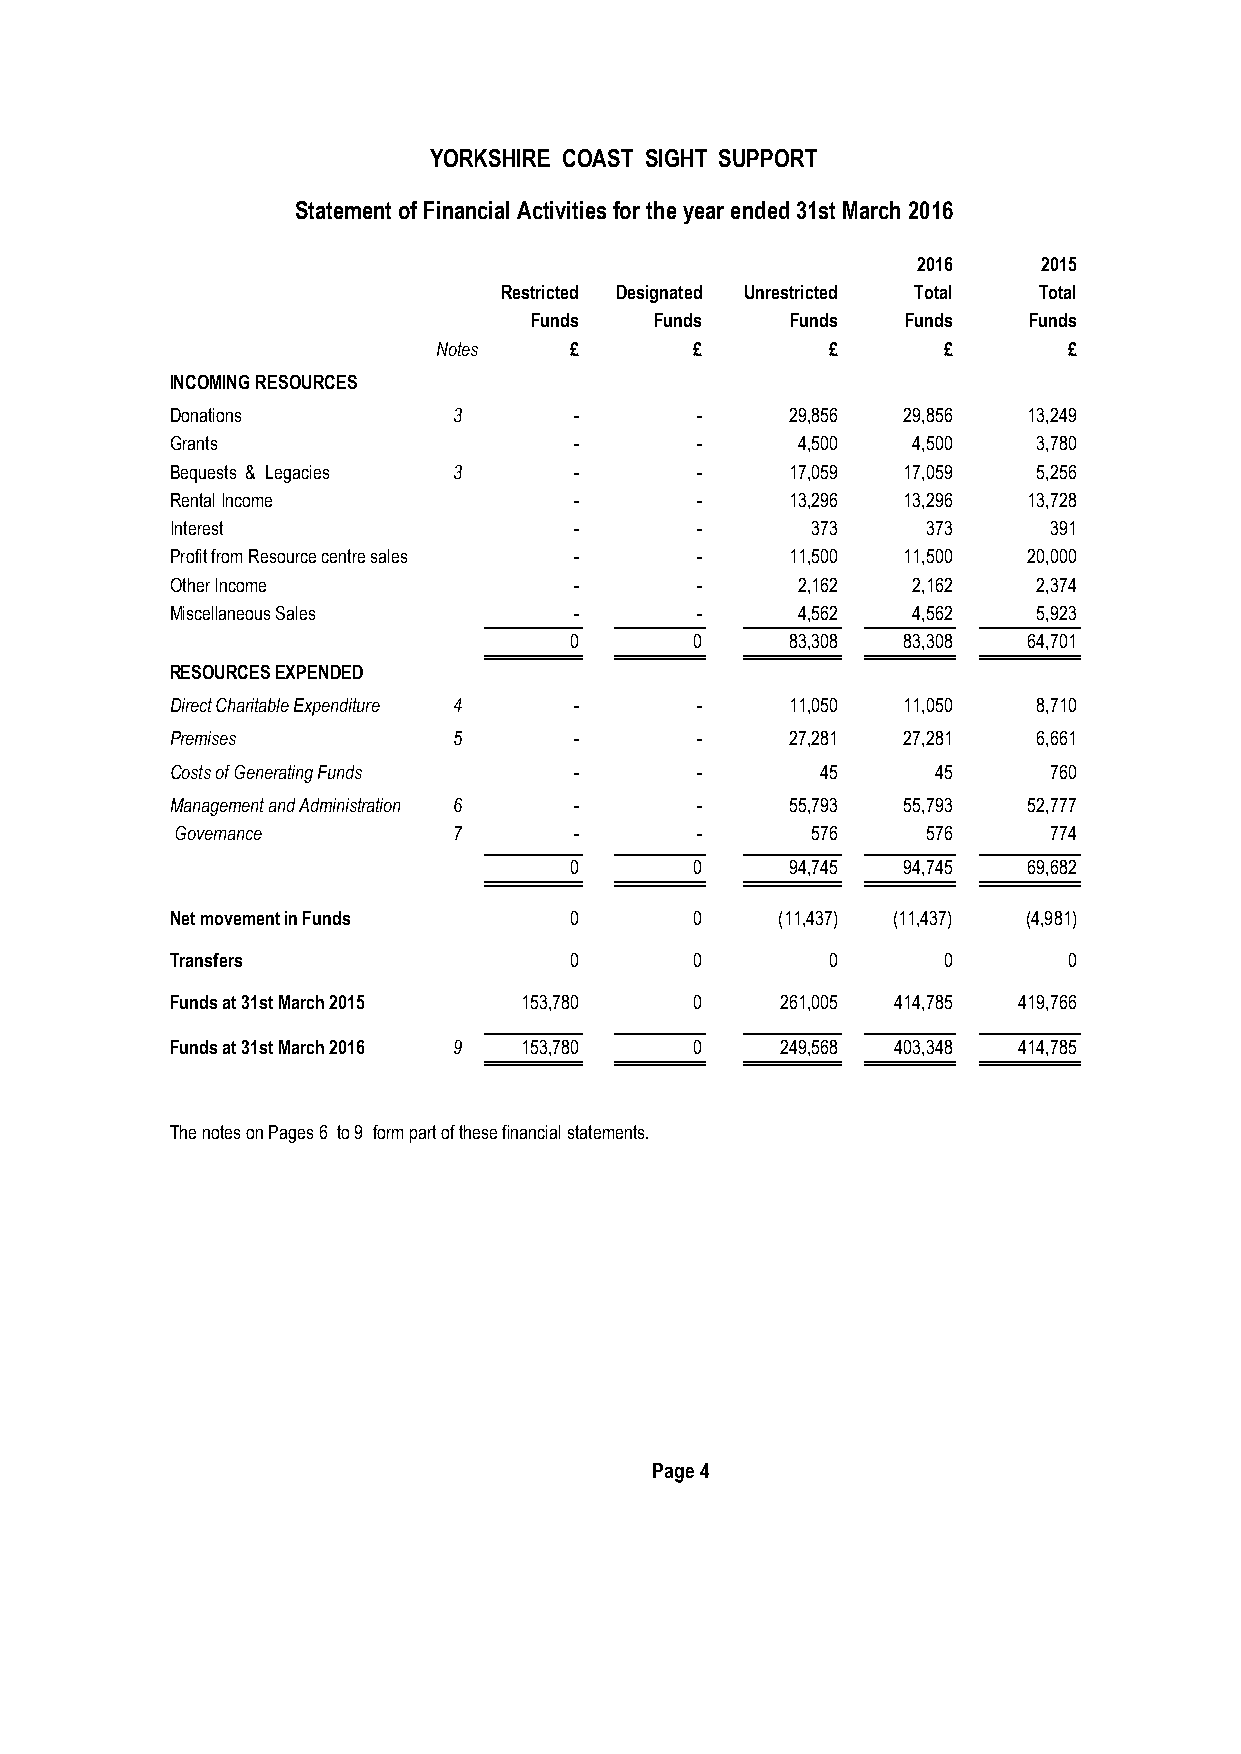
YORKSHIRE COAST SIGHT SUPPORT
 Statement of Financial Activities for the year ended 31st March 2016
 2016    2015
 Restricted Designated Unrestricted Total Total
 Funds   Funds    Funds   Funds   Funds
 Notes    £       £        £      £        £
 INCOMING RESOURCES
 Donations          3       -       -     29,856  29,856  13,249
 Grants                     -       -      4,500  4,500    3,780
 Bequests & Legacies 3      -       -     17,059  17,059   5,256
 Rental Income              -       -     13,296  13,296  13,728
 Interest                   -       -       373    373     391
 Profit from Resource centre sales - -    11,500  11,500  20,000
 Other Income               -       -      2,162  2,162    2,374
 Miscellaneous Sales        -       -      4,562  4,562    5,923
 0       0     83,308  83,308  64,701
 RESOURCES EXPENDED
 Direct Charitable Expenditure 44 - -     11,050  11,050   8,710
 Premises           5       -       -     27,281  27,281   6,661
 Costs of Generating Funds  -       -       45      45     760
 Management and Administration 6 -  -     55,793  55,793  52,777
 Governance        7       -       -       576    576     774
 0       0     94,745  94,745  69,682
 Net movement in Funds      0       0    (11,437) (11,437) (4,981)
 Transfers                  0       0        0      0        0
 Funds at 31st March 2015 153,780   0     261,005 414,785 419,766
 Funds at 31st March 2016 9 153,780 0     249,568 403,348 414,785
 The notes on Pages 6 to 9 form part of these financial statements.
 Page 4